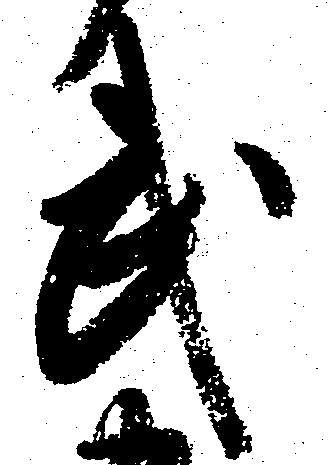
武